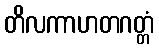
တိလကာဟတဂတ္တံ